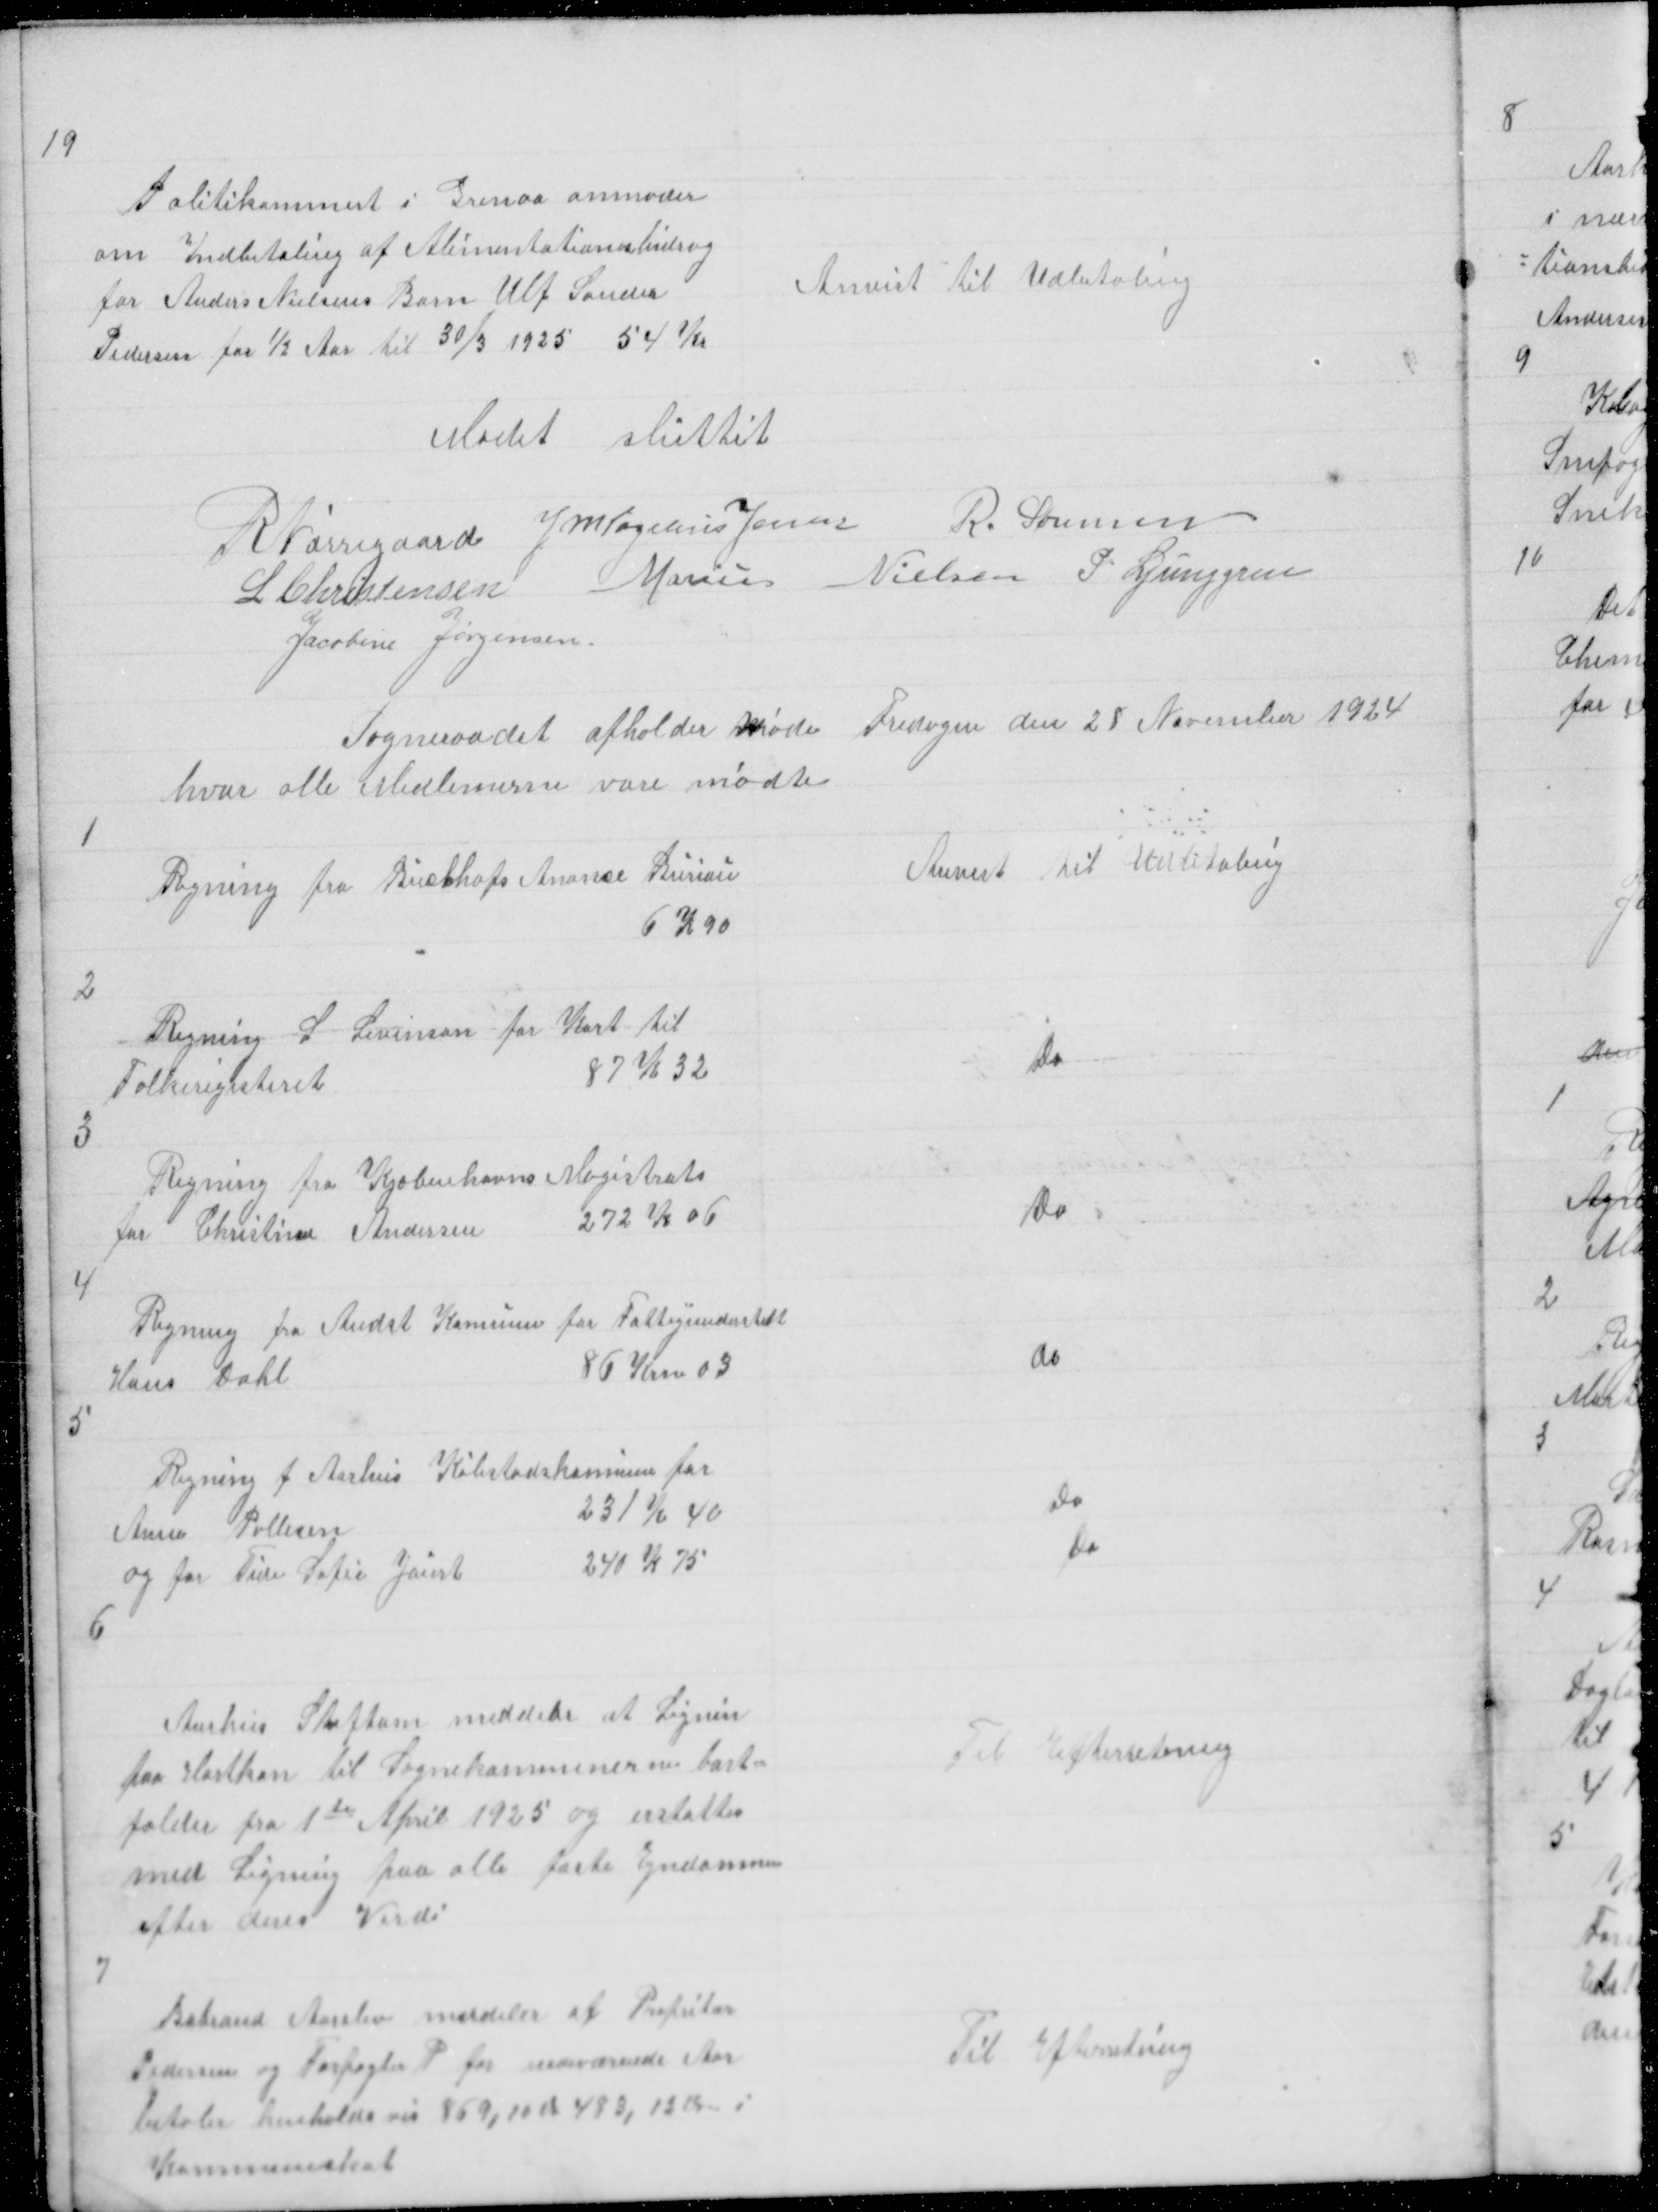
Transskription:
19

Politikammert i Grenaa anmoder 
om Indbetaling af Alimentationsbidrag
for Anders Nielsens Barn Ulf Sander
Pedersen for ½ Aar til 30/3 1925 54 Kr

Anvist til Udbetaling

Mødet sluttet

R Nørregaard J M Vogelius Jensen
R. Sørensen
L Christensen Marius Nielsen P. Ljunggren
Jacobine Jørgensen

Sogneraadet afholder Møde Fredagen den 28 November 1924
hvor alle Medlemerne vare mødte

1

Regning fra Buchtrofs Anonce Buriau
6 K 90

Anvist til udbetaling

2

Regning fra S Severinsen for Kort til
Folkeregisteret
87 K 32

Do

3

Regning fra Kjøbenhavns Magistrats
for Christine Andersen
272 K 06

Do

4

Regning fra Andst Kommune for Fattigunderstett
Hans Dahl
86 Krner 03

do

5

Regning f Aarhus Købstadskommune for
Anne Pallesen
231 K 40
og for Tide Sofie Jauert
240 K 75
6

do
Do

Aarhus Stiftam meddeler at Lignin
paa Hartkon til Sognekommunerne nu bort=
falder fra 1te April 1925 og erstattes
med Ligning paa alle faste Ejndomme
efter deres Verdi

Til Efterretning

7

Babrand Aarslev meddeler at Propritær
Pedersen og Forpagter P for indeværende Aar
betaler henholds vis 869,80 Ør 483,12 Ø i
Kommuneskat

Til Efterretning